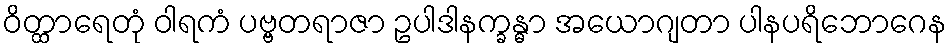
ဝိတ္ထာရေတုံ ဝါရကံ ပဗ္ဗတရာဇာ ဥပါဒါနက္ခန္ဓာ အယောဂျတာ ပါနပရိဘောဂေန